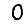
Digit: 0